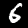
Label: 6